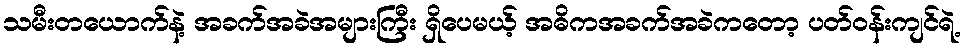
သမီးတယောက်နဲ့ အခက်အခဲအများကြီး ရှိပေမယ့် အဓိကအခက်အခဲကတော့ ပတ်ဝန်းကျင်ရဲ့